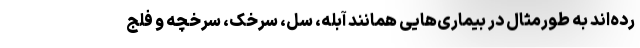
رده‌اند به طورمثال در بیماری‌هایی همانند آبله، سل، سرخک، سرخچه و فلج